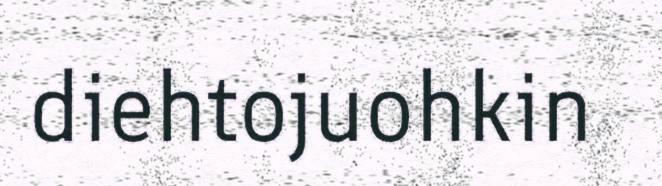
diehtojuohkin